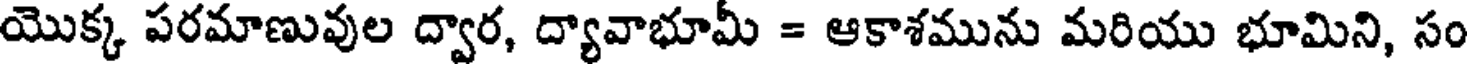
యొక్క పరమాణువుల ద్వార, ద్యావాభూమీ = ఆకాశమును మరియు భూమిని, సం